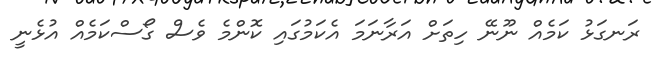
ރަނގަޅު ކަމެއް ނޫނޭ ހިތަށް އަރާނަމަ އެކަމުގައި ކޮންމެ ވެސް ގޯސްކަމެއް އުޅެނީ